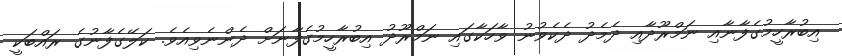
އިބުރާހީމުގެފާނާއި ނަމްރޫދާއި ދެމެދު ދެކެވުނު ވާހަކާގައި ނަމްރޫދު އިބުރާހީމުގެފާނަށް ދެންނެވިއެވެ. ކަލޭގެފާނުގެ ރައްބަކީ